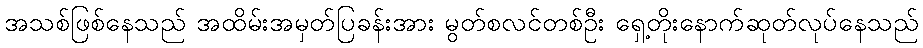
အသစ်ဖြစ်နေသည် အထိမ်းအမှတ်ပြခန်းအား မွတ်စလင်တစ်ဦး ရှေ့တိုးနောက်ဆုတ်လုပ်နေသည်